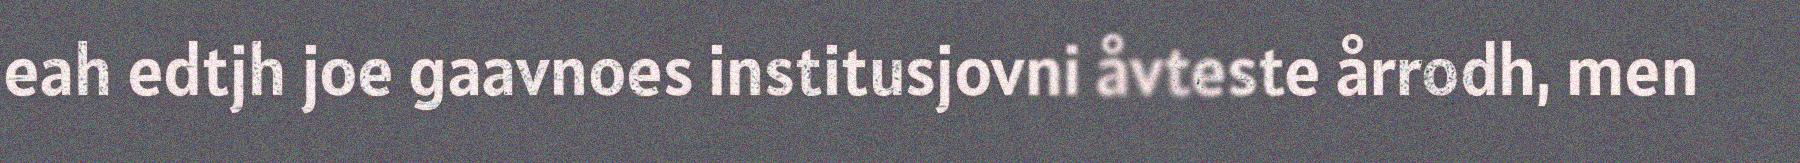
eah edtjh joe gaavnoes institusjovni åvteste årrodh, men